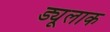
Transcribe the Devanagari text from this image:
ड्यूलाक